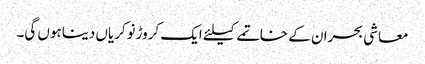
معاشی بحران کے خاتمے کیلئے ایک کروڑنوکریاں دیناہوں گی۔